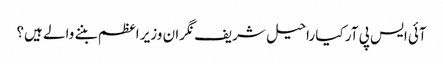
آئی ایس پی آر کیا راحیل شریف نگران وزیر اعظم بننے والے ہیں؟